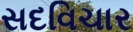
સદવિચાર